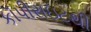
કૉપીરાઇટથી